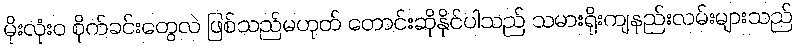
မိုးလုံး၀ စိုက်ခင်းတွေလဲ ဖြစ်သည်မဟုတ် တောင်းဆိုနိုင်ပါသည် သမားရိုးကျနည်းလမ်းများသည်